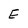
Character: E